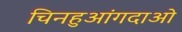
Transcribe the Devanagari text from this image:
चिनहुआंगदाओ